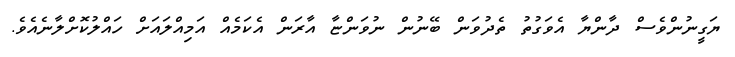
ޔަގީނުންވެސް ދާންޔާ އެވަގުތު ތެދުވަން ބޭނުން ނުވަންޏާ އާރަން އެކަމެއް އަމިއްލައަށް ހައްލުކޮށްލާނެއެވެ.